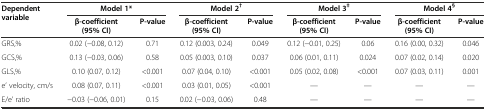
| <ROWSPAN=2> Dependent variable | <COLSPAN=2> Model 1* | <COLSPAN=2> Model 2† | <COLSPAN=2> Model 3‡ | <COLSPAN=2> Model 4§ |
 | β-coefficient (95% CI) | P-value | β-coefficient (95% CI) | P-value | β-coefficient (95% CI) | P-value | β-coefficient (95% CI) | P-value |
 | --- | --- | --- | --- | --- | --- | --- | --- | --- |
 | GRS,% | 0.02 (-0.08, 0.12) | 0.71 | 0.12 (0.003, 0.24) | 0.049 | 0.12 (-0.01, 0.25) | 0.06 | 0.16 (0.00, 0.32) | 0.046 |
 | GCS,% | 0.13 (-0.03, 0.06) | 0.58 | 0.05 (0.003, 0.10) | 0.037 | 0.06 (0.01, 0.11) | 0.024 | 0.07 (0.02, 0.14) | 0.020 |
 | GLS,% | 0.10 (0.07, 0.12) | <0.001 | 0.07 (0.04, 0.10) | <0.001 | 0.05 (0.02, 0.08) | <0.001 | 0.07 (0.03, 0.11) | 0.001 |
 | e’ velocity, cm/s | 0.08 (0.07, 0.11) | <0.001 | 0.03 (0.01, 0.05) | <0.001 | — | — | — | — |
 | E/e’ ratio | -0.03 (-0.06, 0.01) | 0.15 | 0.02 (-0.03, 0.06) | 0.48 | — | — | — | — |